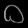
Digit: ၀